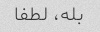
بله، لطفا